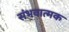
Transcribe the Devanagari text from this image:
संभवात्मक